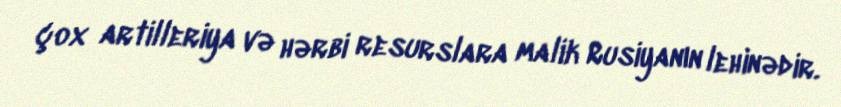
çox artilleriya və hərbi resurslara malik Rusiyanın lehinədir.